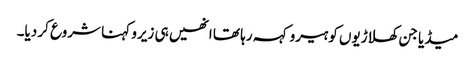
میڈیا جن کھلاڑیوں کو ہیرو کہہ رہا تھا انھیں ہی زیرو کہنا شروع کر دیا۔